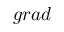
g r a d